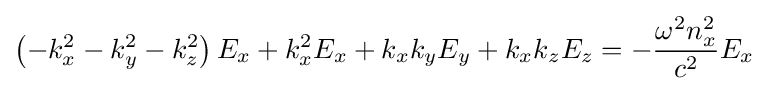
\left(-k_{x}^{2}-k_{y}^{2}-k_{z}^{2}\right)E_{x}+k_{x}^{2}E_{x}+k_{x}k_{y}E_{y}+k_{x}k_{z}E_{z}=-{\frac {\omega ^{2}n_{x}^{2}}{c^{2}}}E_{x}